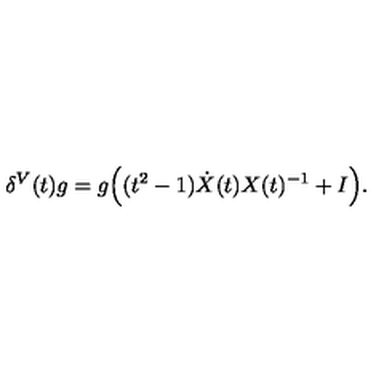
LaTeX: \delta ^ { V } ( t ) g = g \Big ( ( t ^ { 2 } - 1 ) \dot { X } ( t ) X ( t ) ^ { - 1 } + I \Big ) .